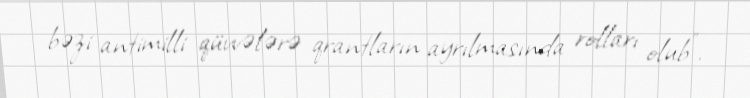
bəzi antimilli qüvvələrə qrantların ayrılmasında rolları olub”.